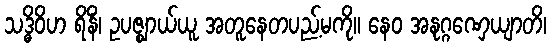
သဒ္ဓိဝိဟ ရိနိံ၊ ဥပဇ္ဈာယ်ယူ အတူနေတပည့်မကို။ နေဝ အနုဂ္ဂဏှေယျာတိ၊